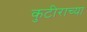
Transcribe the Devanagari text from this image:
कुटीराच्या